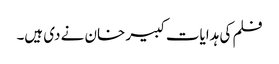
فلم کی ہدایات کبیر خان نے دی ہیں۔